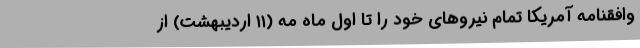
وافقنامه آمریکا تمام نیروهای خود را تا اول ماه مه (۱۱ اردیبهشت) از